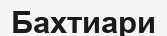
Бахтиари